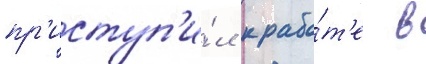
пр'иступ'и́л к рабо́т'е в